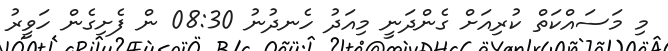
މި މަސައްކަތް ކުރިއަށް ގެންދަނީ މިއަދު ހެނދުނު 08:30 ން ފެށިގެން ހަވީރު